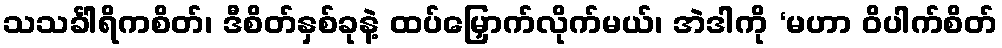
သသင်္ခါရိကစိတ်၊ ဒီစိတ်နှစ်ခုနဲ့ ထပ်မြှောက်လိုက်မယ်၊ အဲဒါကို ‘မဟာ ဝိပါက်စိတ်